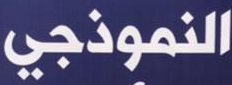
النموذجي